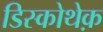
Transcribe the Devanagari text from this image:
डिस्कोथेक़